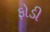
ફોડી